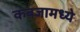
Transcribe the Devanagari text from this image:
कबजामध्ये